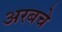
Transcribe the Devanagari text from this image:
अरबचे